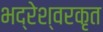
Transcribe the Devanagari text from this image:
भद्रेश्वरकृत